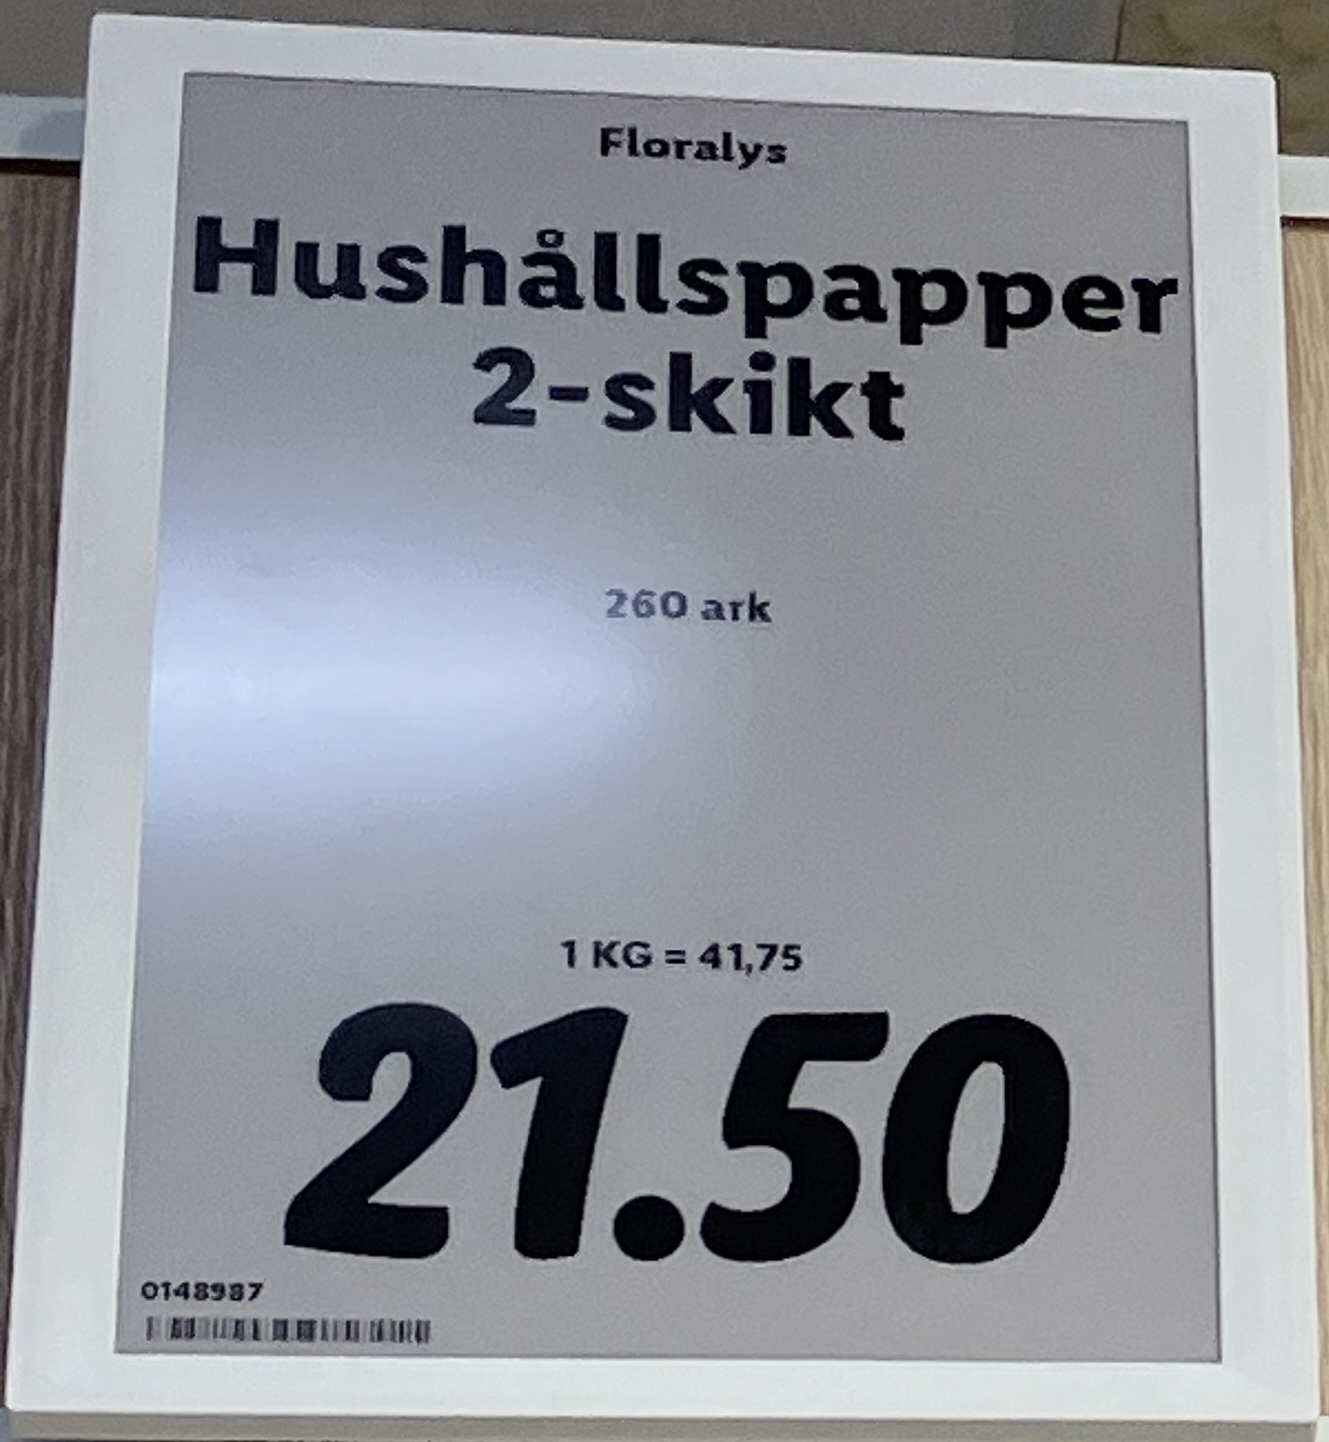
Vara: Hushållspapper 2-skikt
Genomsnittspris: 41.75 per kg